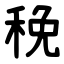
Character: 䅋